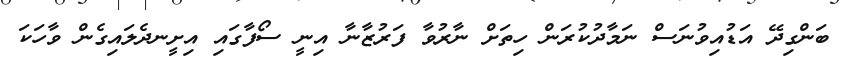
ބަންގިދޭ އަޑުއިވުނަސް ނަމާދުކުރަން ހިތަށް ނާރުވާ ފަރުޒާނާ އިނީ ސޯފާގައި އިށީނދެލައިގެން ވާހަކަ